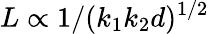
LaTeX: L\propto 1/(k_{1}k_{2}d)^{1/2}